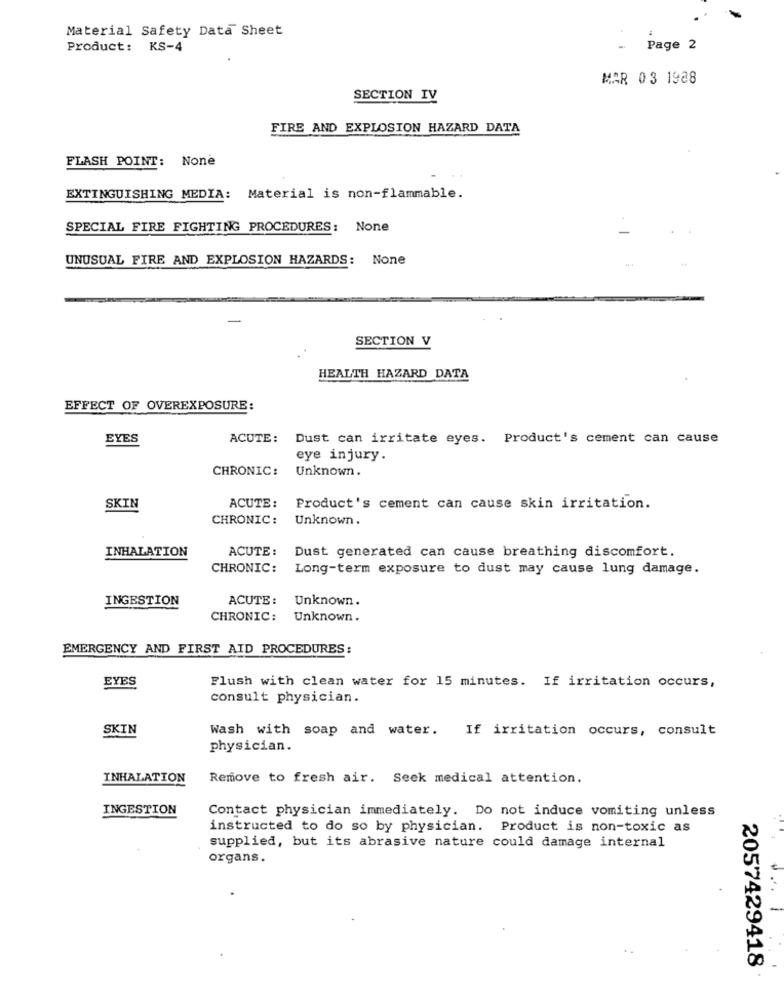
Material Safety Data Sheet
Product: KS-4
Page 2
MAR 03 1988
SECTION IV
FIRE AND EXPLOSION HAZARD DATA
FLASH POINT:
EXTINGUISHING MEDIA:
Material is non-flammable.
SPECIAL FIRE FIGHTING PROCEDURES: None
UNUSUAL FIRE AND EXPLOSION HAZARDS: None
SECTION V
HEALTH HAZARD DATA
EFFECT OF OVEREXPOSURE:
EYES
ACUTE:
Dust can irritate eyes. Product's cement can cause
eye injury.
CHRONIC:
Unknown.
SKIN
ACUTE:
Product's cement can cause skin irritation.
CHRONIC:
Unknown .
INHALATION
ACUTE :
Dust generated can cause breathing discomfort.
CHRONIC:
Long-term exposure to dust may cause lung damage.
INGESTION
ACUTE :
Unknown.
CHRONIC: Unknown.
EMERGENCY AND FIRST AID PROCEDURES:
EYES
Flush with clean water for 15 minutes. If irritation occurs,
consult physician.
SKIN
Wash with soap and water. If irritation occurs, consult
physician.
INHALATION
Remove to fresh air. Seek medical attention.
INGESTION
Contact physician immediately. Do not induce vomiting unless
instructed to do so by physician. Product is non-toxic as
supplied, but its abrasive nature could damage internal
organs.
2057429418